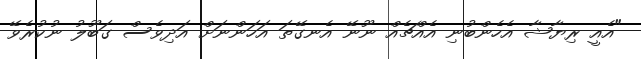
"އެއީ ރިޔާޝާ އެހެންބުނި އެއްޗެއް ނޫނޭ އެނގޭތަ އަހަންނަށް އަދިވެސް ގަބޫލު ނުކުރެވޭ